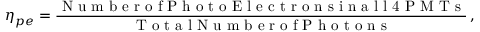
\eta _ { p e } = \frac { \textrm { N u m b e r o f P h o t o E l e c t r o n s i n a l l 4 P M T s } } { \textrm { T o t a l N u m b e r o f P h o t o n s } } \, ,